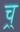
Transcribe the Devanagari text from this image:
च्र्